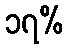
၁၇%